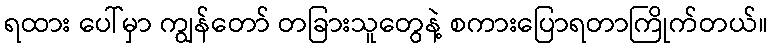
ရထား ပေါ်မှာ ကျွန်တော် တခြားသူတွေနဲ့ စကားပြောရတာကြိုက်တယ်။